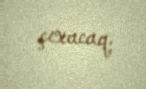
çıxacaq.